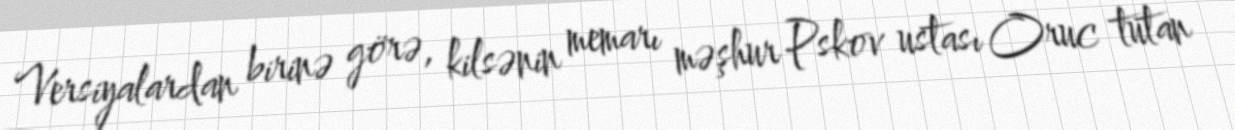
Versiyalardan birinə görə, kilsənin memarı məşhur Pskov ustası Oruc tutan